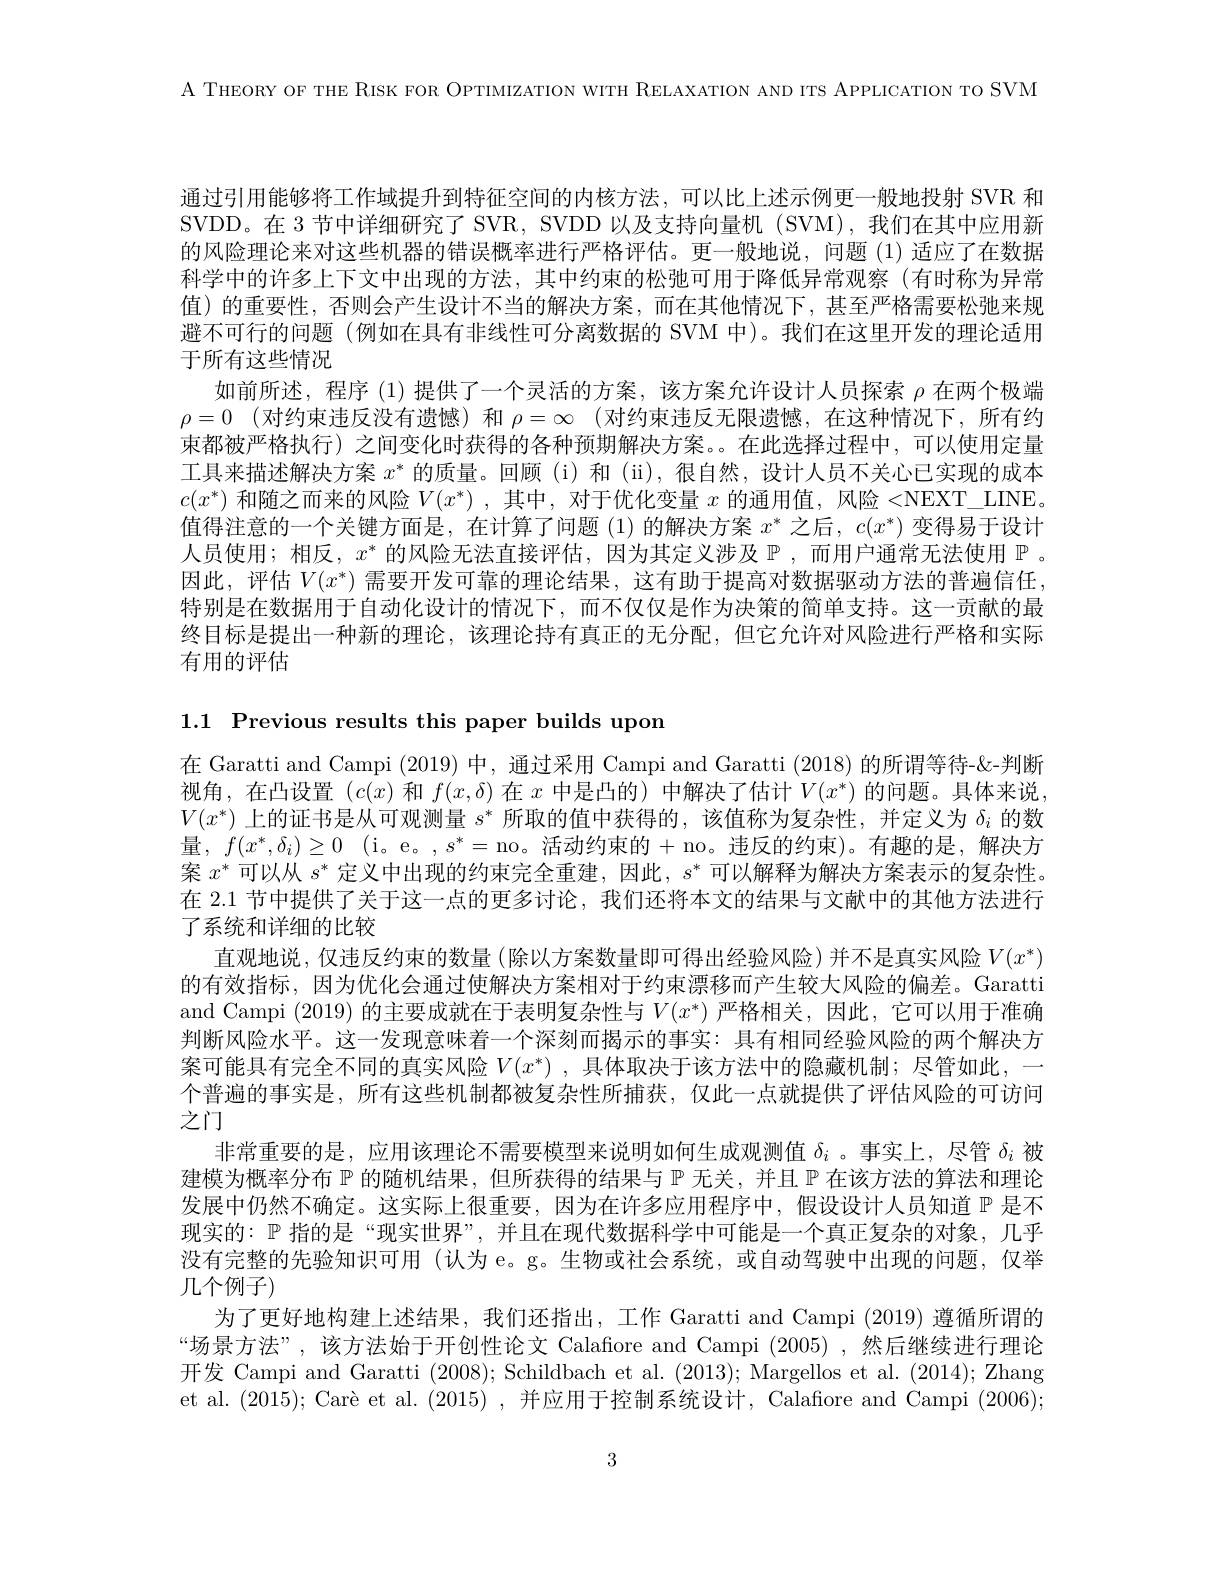
A THEORY OF THE RISK FOR OPTIMIZATION WITH RELAXATION AND ITS APPLICATION TO SVM

通过引用能够将工作域提升到特征空间的内核方法，可以比上述示例更一般地投射 SVR 和SVDD。在 3 节中详细研究了 SVR, SVDD 以及支持向量机 (SVM),我们在其中应用新的风险理论来对这些机器的错误概率进行严格评估。更一般地说，问题 (1)适应了在数据科学中的许多上下文中出现的方法，其中约束的松弛可用于降低异常观察(有时称为异常值)的重要性，否则会产生设计不当的解决方案，而在其他情况下，甚至严格需要松弛来规避不可行的问题(例如在具有非线性可分离数据的 SVM 中)。我们在这里开发的理论适用于所有这些情况
如前所述，程序 (1) 提供了一个灵活的方案，该方案允许设计人员探索$\rho$在两个极端$\rho = 0$ (对约束违反没有遗憾)和 $\rho = \infty$ (对约束违反无限遗憾，在这种情况下，所有约束都被严格执行)之间变化时获得的各种预期解决方案。在此选择过程中，可以使用定量工具来描述解决方案$x^*$的质量。回顾 (i) 和 (ii), 很自然，设计人员不关心已实现的成本$c(x^*)$和随之而来的风险$V(x^*)$ ,其中，对于优化变量$x$的通用值，风险 <NEXT\_LINE。值得注意的一个关键方面是，在计算了问题(1)的解决方案$x^*$之后，$c(x^*)$变得易于设计人员使用；相反，$x^*$的风险无法直接评估，因为其定义涉及$\mathbb{P}$,而用户通常无法使用$\mathbb{P}$ 。因此，评估$V(x^*)$需要开发可靠的理论结果，这有助于提高对数据驱动方法的普遍信任特别是在数据用于自动化设计的情况下，而不仅仅是作为决策的简单支持。这一贡献的最终目标是提出一种新的理论，该理论持有真正的无分配，但它允许对风险进行严格和实际有用的评估

1.1 Previous results this paper builds upon

在 Garatti and Campi (2019)中，通过采用 Campi and Garatti (2018)的所谓等待-&-判断视角，在凸设置$(c(x)$和$f(x,\delta)$在$x$中是凸的) 中解决了估计$V(x^*)$的问题。具体来说$V(x^*)$上的证书是从可观测量$s^*$所取的值中获得的，该值称为复杂性，并定义为$\delta_i$的数量，$f(x^*,\delta_i)\geq0$(i。e。,$s^*=$no。活动约束的+no。违反的约束)。有趣的是，解决方案$x^*$可以从$s^*$定义中出现的约束完全重建，因此，$s^*$可以解释为解决方案表示的复杂性。在 2.1 节中提供了关于这一点的更多讨论，我们还将本文的结果与文献中的其他方法进行了系统和详细的比较
直观地说，仅违反约束的数量(除以方案数量即可得出经验风险)并不是真实风险$V(x^*)$ 的有效指标，因为优化会通过使解决方案相对于约束漂移而产生较大风险的偏差。Garatti and Campi (2019) 的主要成就在于表明复杂性与$V(x^*)$ 严格相关，因此，它可以用于准确判断风险水平。这一发现意味着一个深刻而揭示的事实：具有相同经验风险的两个解决方案可能具有完全不同的真实风险$V(x^*)$ ,具体取决于该方法中的隐藏机制；尽管如此，一个普遍的事实是，所有这些机制都被复杂性所捕获，仅此一点就提供了评估风险的可访问之门
非常重要的是，应用该理论不需要模型来说明如何生成观测值$\delta_i$ 。事实上，尽管$\delta_i$被建模为概率分布$\mathbb{P}$的随机结果，但所获得的结果与$\mathbb{P}$无关，并且$\mathbb{P}$在该方法的算法和理论发展中仍然不确定。这实际上很重要，因为在许多应用程序中，假设设计人员知道$\mathbb{P}$是不现实的：$\mathbb{P}$指的是“现实世界”,并且在现代数据科学中可能是一个真正复杂的对象，几乎没有完整的先验知识可用 (认为 e。g。生物或社会系统，或自动驾驶中出现的问题，仅举几个例子)
为了更好地构建上述结果，我们还指出，工作 Garatti and Campi (2019) 遵循所谓的“场景方法”,该方法始于开创性论文 Calafiore and Campi (2005) ,然后继续进行理论开发 Campi and Garatti (2008);Schildbach et al.(2013);Margellos et al.(2014);Zhang et al. $( 2015) ; \text{Car\` {e}etal. ( 2015) , 并 应 用 于 控 制 系 统 设 计 , Calafiore and Campi( 2006) ; }$

3